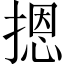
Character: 摁